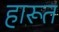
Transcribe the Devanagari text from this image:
हारूत